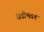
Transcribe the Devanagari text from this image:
खडीभवन